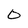
Character: 0